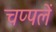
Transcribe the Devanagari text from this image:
चप्‍पलें